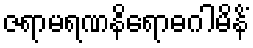
ဇရာမရဏနိရောဓဂါမိနိံ